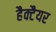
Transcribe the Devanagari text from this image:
हैक्टैयर